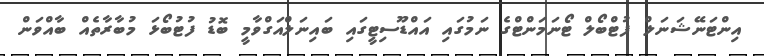
އިންޓަނޭޝަނަލް ފުޓްބޯލް ޓޯނަމަންޓްގެ ނަމުގައި އައްޑޫސިޓީގައި ބައިނަލްއަގްވާމީ ބޮޑު ފުޓުބޯޅަ މުބާރާތެއް ބާއްވަން